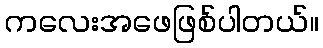
ကလေးအဖေဖြစ်ပါတယ်။